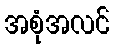
အစုံအလင်